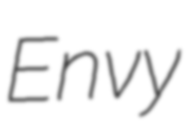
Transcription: Envy